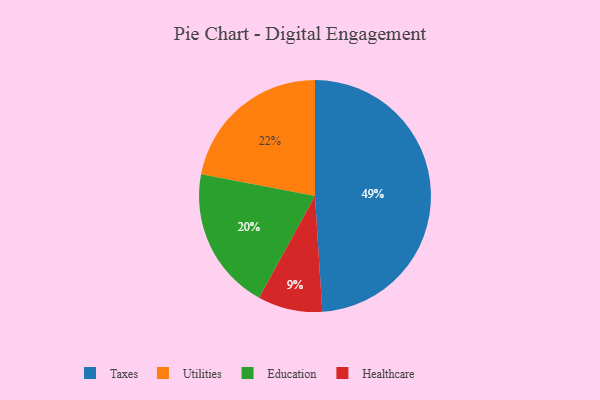
{"axis": {"x": "Category", "y": "Percentage"}, "legend": ["Education", "Healthcare", "Taxes", "Utilities"], "data": [{"x": "Utilities", "y": 22, "type": "Utilities"}, {"x": "Healthcare", "y": 9, "type": "Healthcare"}, {"x": "Education", "y": 20, "type": "Education"}, {"x": "Taxes", "y": 49, "type": "Taxes"}]}